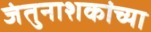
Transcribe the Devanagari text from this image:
जंतुनाशकांच्या